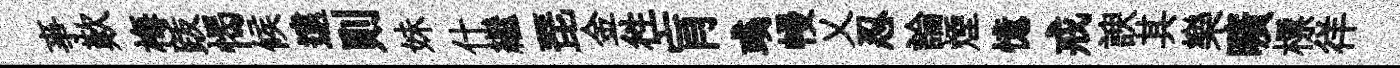
亊歎梅䟦愒候遠则妹什繼琵金徃肓彧幔乂忍論煙憶戒諛其樂曠標徉